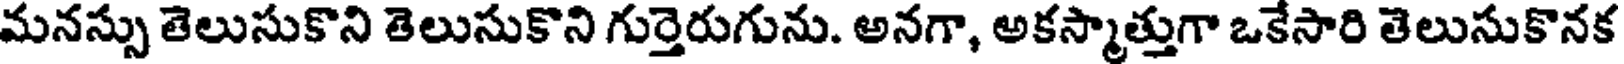
మనస్సు తెలుసుకొని తెలుసుకొని గుర్తెరుగును. అనగా, అకస్మాత్తుగా ఒకేసారి తెలుసుకొనక